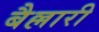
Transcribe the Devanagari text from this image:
बैल्लारी